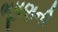
ભૂષણની